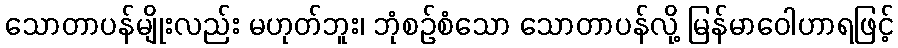
သောတာပန်မျိုးလည်း မဟုတ်ဘူး၊ ဘုံစဉ်စံသော သောတာပန်လို့ မြန်မာဝေါဟာရဖြင့်